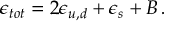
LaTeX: \epsilon _ { t o t } = 2 \epsilon _ { u , d } + \epsilon _ { s } + B \, .